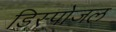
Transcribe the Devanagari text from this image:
डिस्पोजल